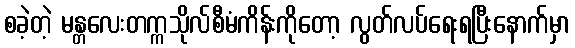
စခဲ့တဲ့ မန္တလေးတက္ကသိုလ်စီမံကိန်းကိုတော့ လွတ်လပ်ရေးရပြီးနောက်မှာ